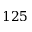
1 2 5